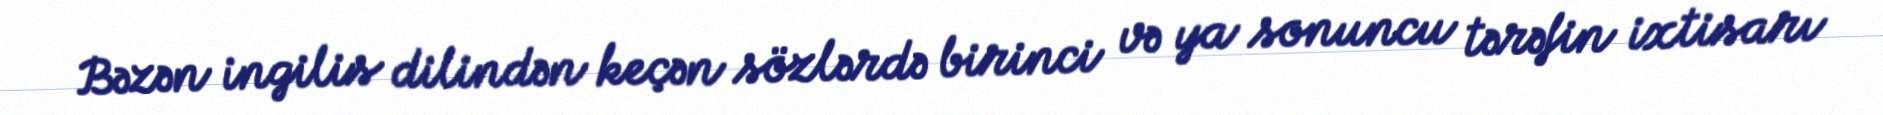
Bəzən ingilis dilindən keçən sözlərdə birinci və ya sonuncu tərəfin ixtisarı